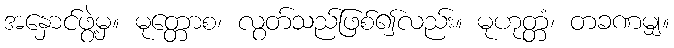
အနှောင်ဖွဲ့မှ။ မုတ္တောစ၊ လွတ်သည်ဖြစ်၍လည်း။ မုဟုတ္တံ၊ တခဏမျှ။